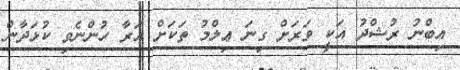
އިބްނު ރުޝްދު އަކީ ވަރަށް ގިނަ ޢިލްމު ތަކަށް އަރާ ހުންނެވި ކުޅަދާން